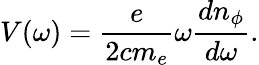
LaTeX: V(\omega)=\frac{e}{2cm_{e}}\omega\frac{dn_{\phi}}{d\omega}.